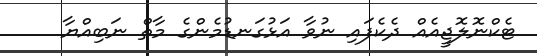
ޓެކްނޮލޮޖީއެއް ދެކެފައި ނުވާ އަޅުގަނޑުމެންގެ މާތް ނަބިއްޔާ